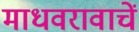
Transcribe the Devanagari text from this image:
माधवरावाचें